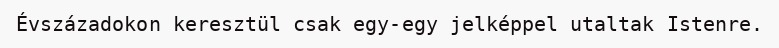
Évszázadokon keresztül csak egy-egy jelképpel utaltak Istenre.